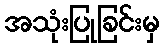
အသုံးပြုခြင်းမှ